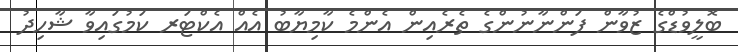
ބޮލީވުޑްގެ ޒުވާން ފަންނާނުންގެ ތެރެއިން އެންމެ ކާމިޔާބު އެއް އެކްޓަރ ކަމުގައިވާ ޝާހިދު